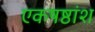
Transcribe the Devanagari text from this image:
एकषष्ठांश